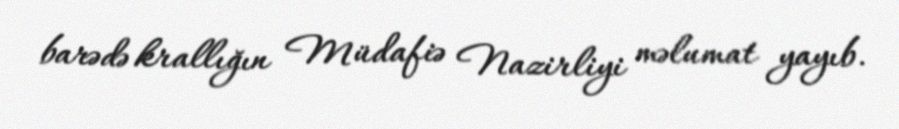
barədə krallığın Müdafiə Nazirliyi məlumat yayıb.